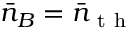
\bar { n } _ { B } = \bar { n } _ { \mathrm { ~ t ~ h ~ } }